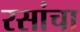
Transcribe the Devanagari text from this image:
रसांचा